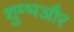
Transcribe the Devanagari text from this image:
शुम्भऔर